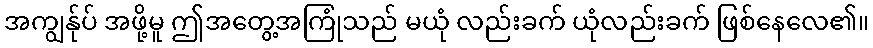
အကျွန်ုပ် အဖို့မူ ဤအတွေ့အကြုံသည် မယုံ လည်းခက် ယုံလည်းခက် ဖြစ်နေလေ၏။